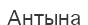
Антына